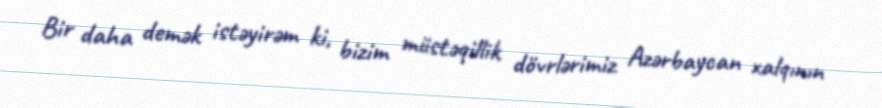
Bir daha demək istəyirəm ki, bizim müstəqillik dövrlərimiz Azərbaycan xalqının